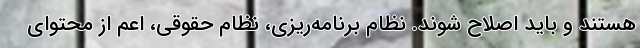
هستند و باید اصلاح شوند. نظام برنامه‌ریزی، نظام حقوقی، اعم از محتوای